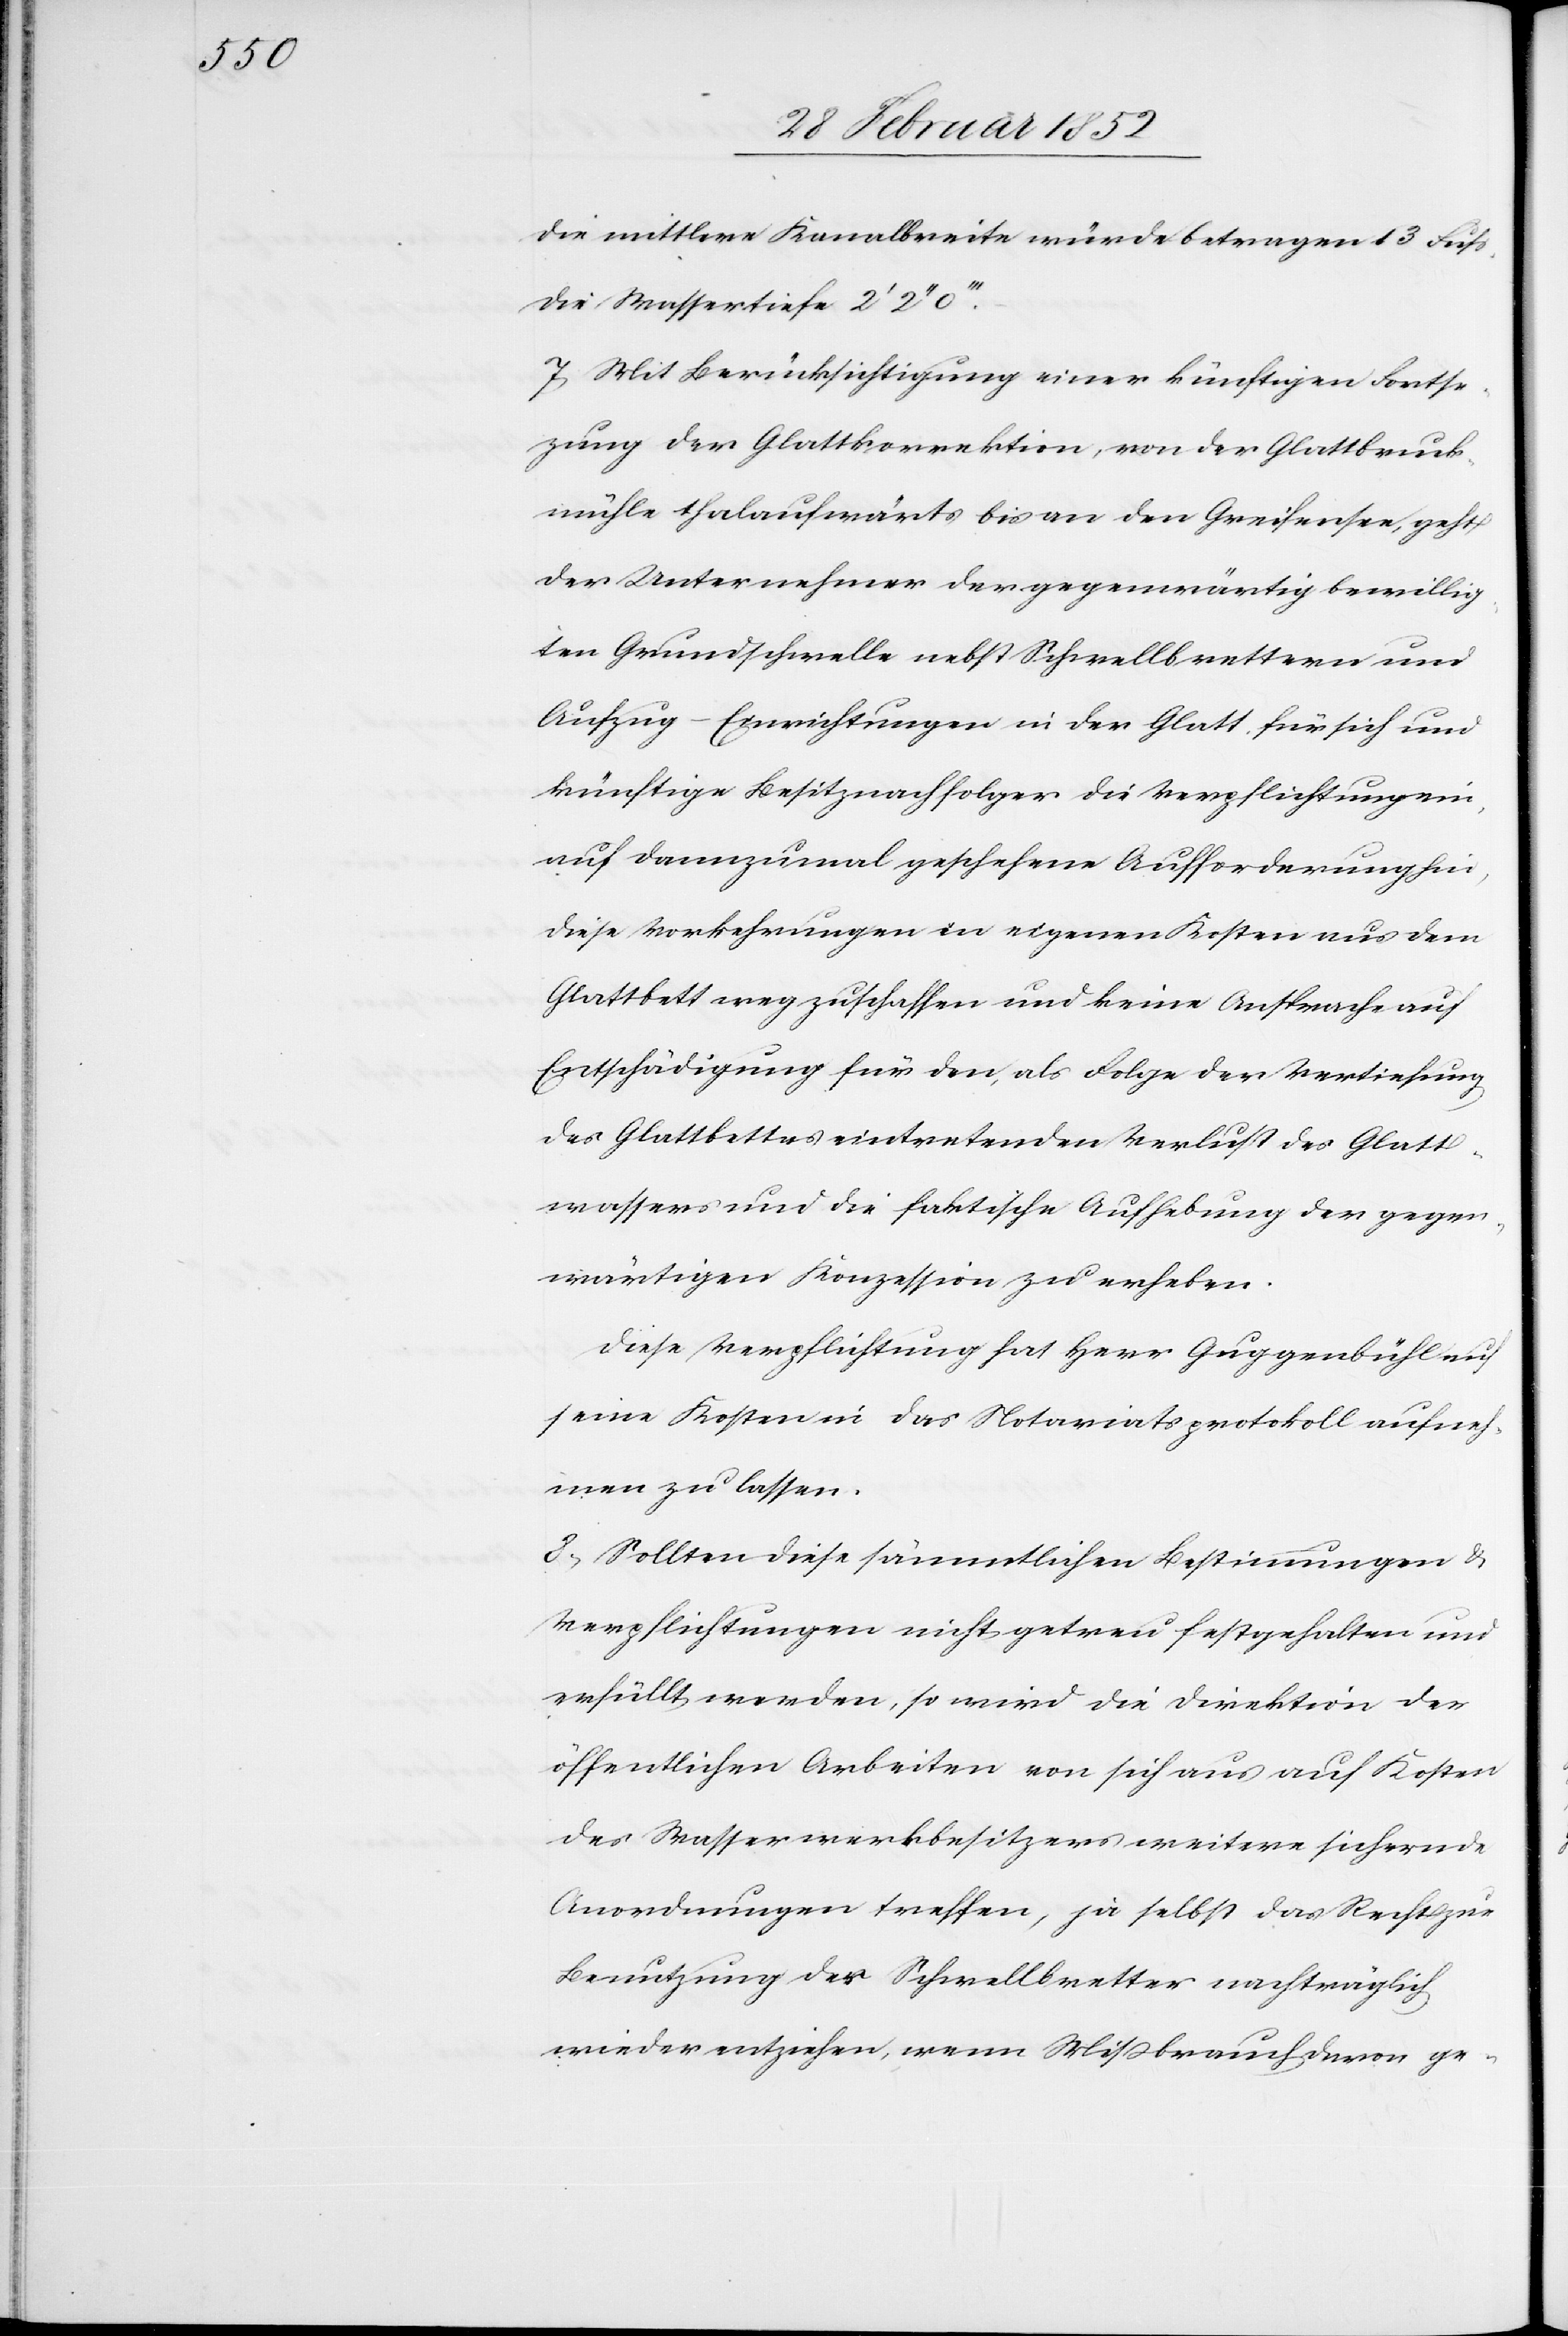
Die mittlere Kanalbreite würde betragen 13 Fuß,
die Wassertiefe 2’ 2’’
7) Mit Berücksichtigung einer künftigen Forts¬
e[t]zung der Glattkorrektion, von der Glattbruck¬
mühle thalaufwärts bis an den Greifensee, geht
der Unternehmer der gegenwärtig bewillig¬
ten Grundschwelle nebst Schwellbrettern und
Aufzug-Einrichtungen in der Glatt für sich und
künftige Besitznachfolger die Verpflichtung ein,
auf dannzumal geschehene Aufforderung hin,
diese Vorkehrungen in eigenen Kosten aus dem
Glattbett wegzuschaffen und keine Ansprache auf
Entschädigung für den, als Folge der Vertiefung
des Glattbettes eintretenden Verlust des Glatt¬
wassers und die faktische Aufhebung der gegen¬
wärtigen Konzession zu erheben.
Diese Verpflichtung hat Herr Guggenbühl auf
seine Kosten in das Notariatsprotokoll aufneh¬
men zu lassen.
8.) Sollten diese sämmtlichen Bestimmungen u.
Verpflichtungen nicht getreu festgehalten und
erfüllt werden, so wird die Direktion der
öffentlichen Arbeiten von sich aus auf Kosten
des Wasserwerkbesitzers weitere sichernde
Anordnungen treffen, ja selbst das Recht zur
Benutzung der Schwellbretter nachträglich
wieder entziehen, wenn Mißbrauch davon ge-